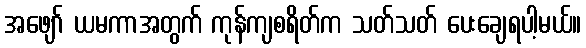
အဖျော် ယမကာအတွက် ကုန်ကျစရိတ်က သတ်သတ် ပေးချေရပါ့မယ်။